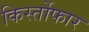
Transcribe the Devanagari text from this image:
किर्स्तोफार